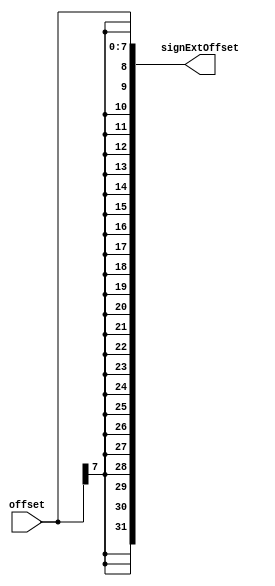
module signExt8to32(input [7:0] offset, output reg [31:0] signExtOffset);
	always@(offset)
	begin
			signExtOffset={{24{offset[7]}},offset[7:0]};
	end
endmodule